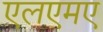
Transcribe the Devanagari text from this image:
एलएमए